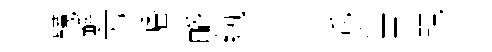
韈鲧方幡酪紈本邙乖陞思現